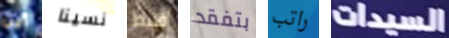
أين نسينا فقط بتفقد راتب السيدات